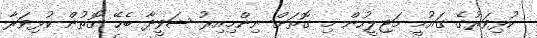
ކުޅިވަރުގެ ގައުމީ މަޖިލީހުން މި ގޮތަށް ނިންމިއިރު ޝަވީދާ ބެހޭ ގޮތުން ކުޅިވަރާ